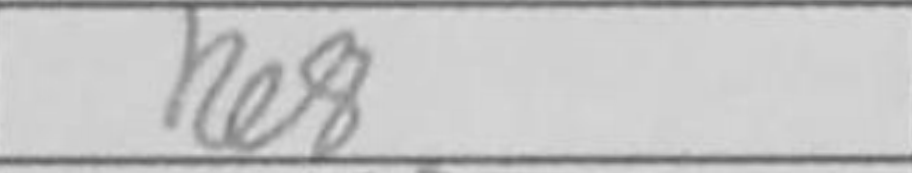
Transcription: Re8